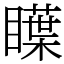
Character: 瞸